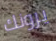
يرونك